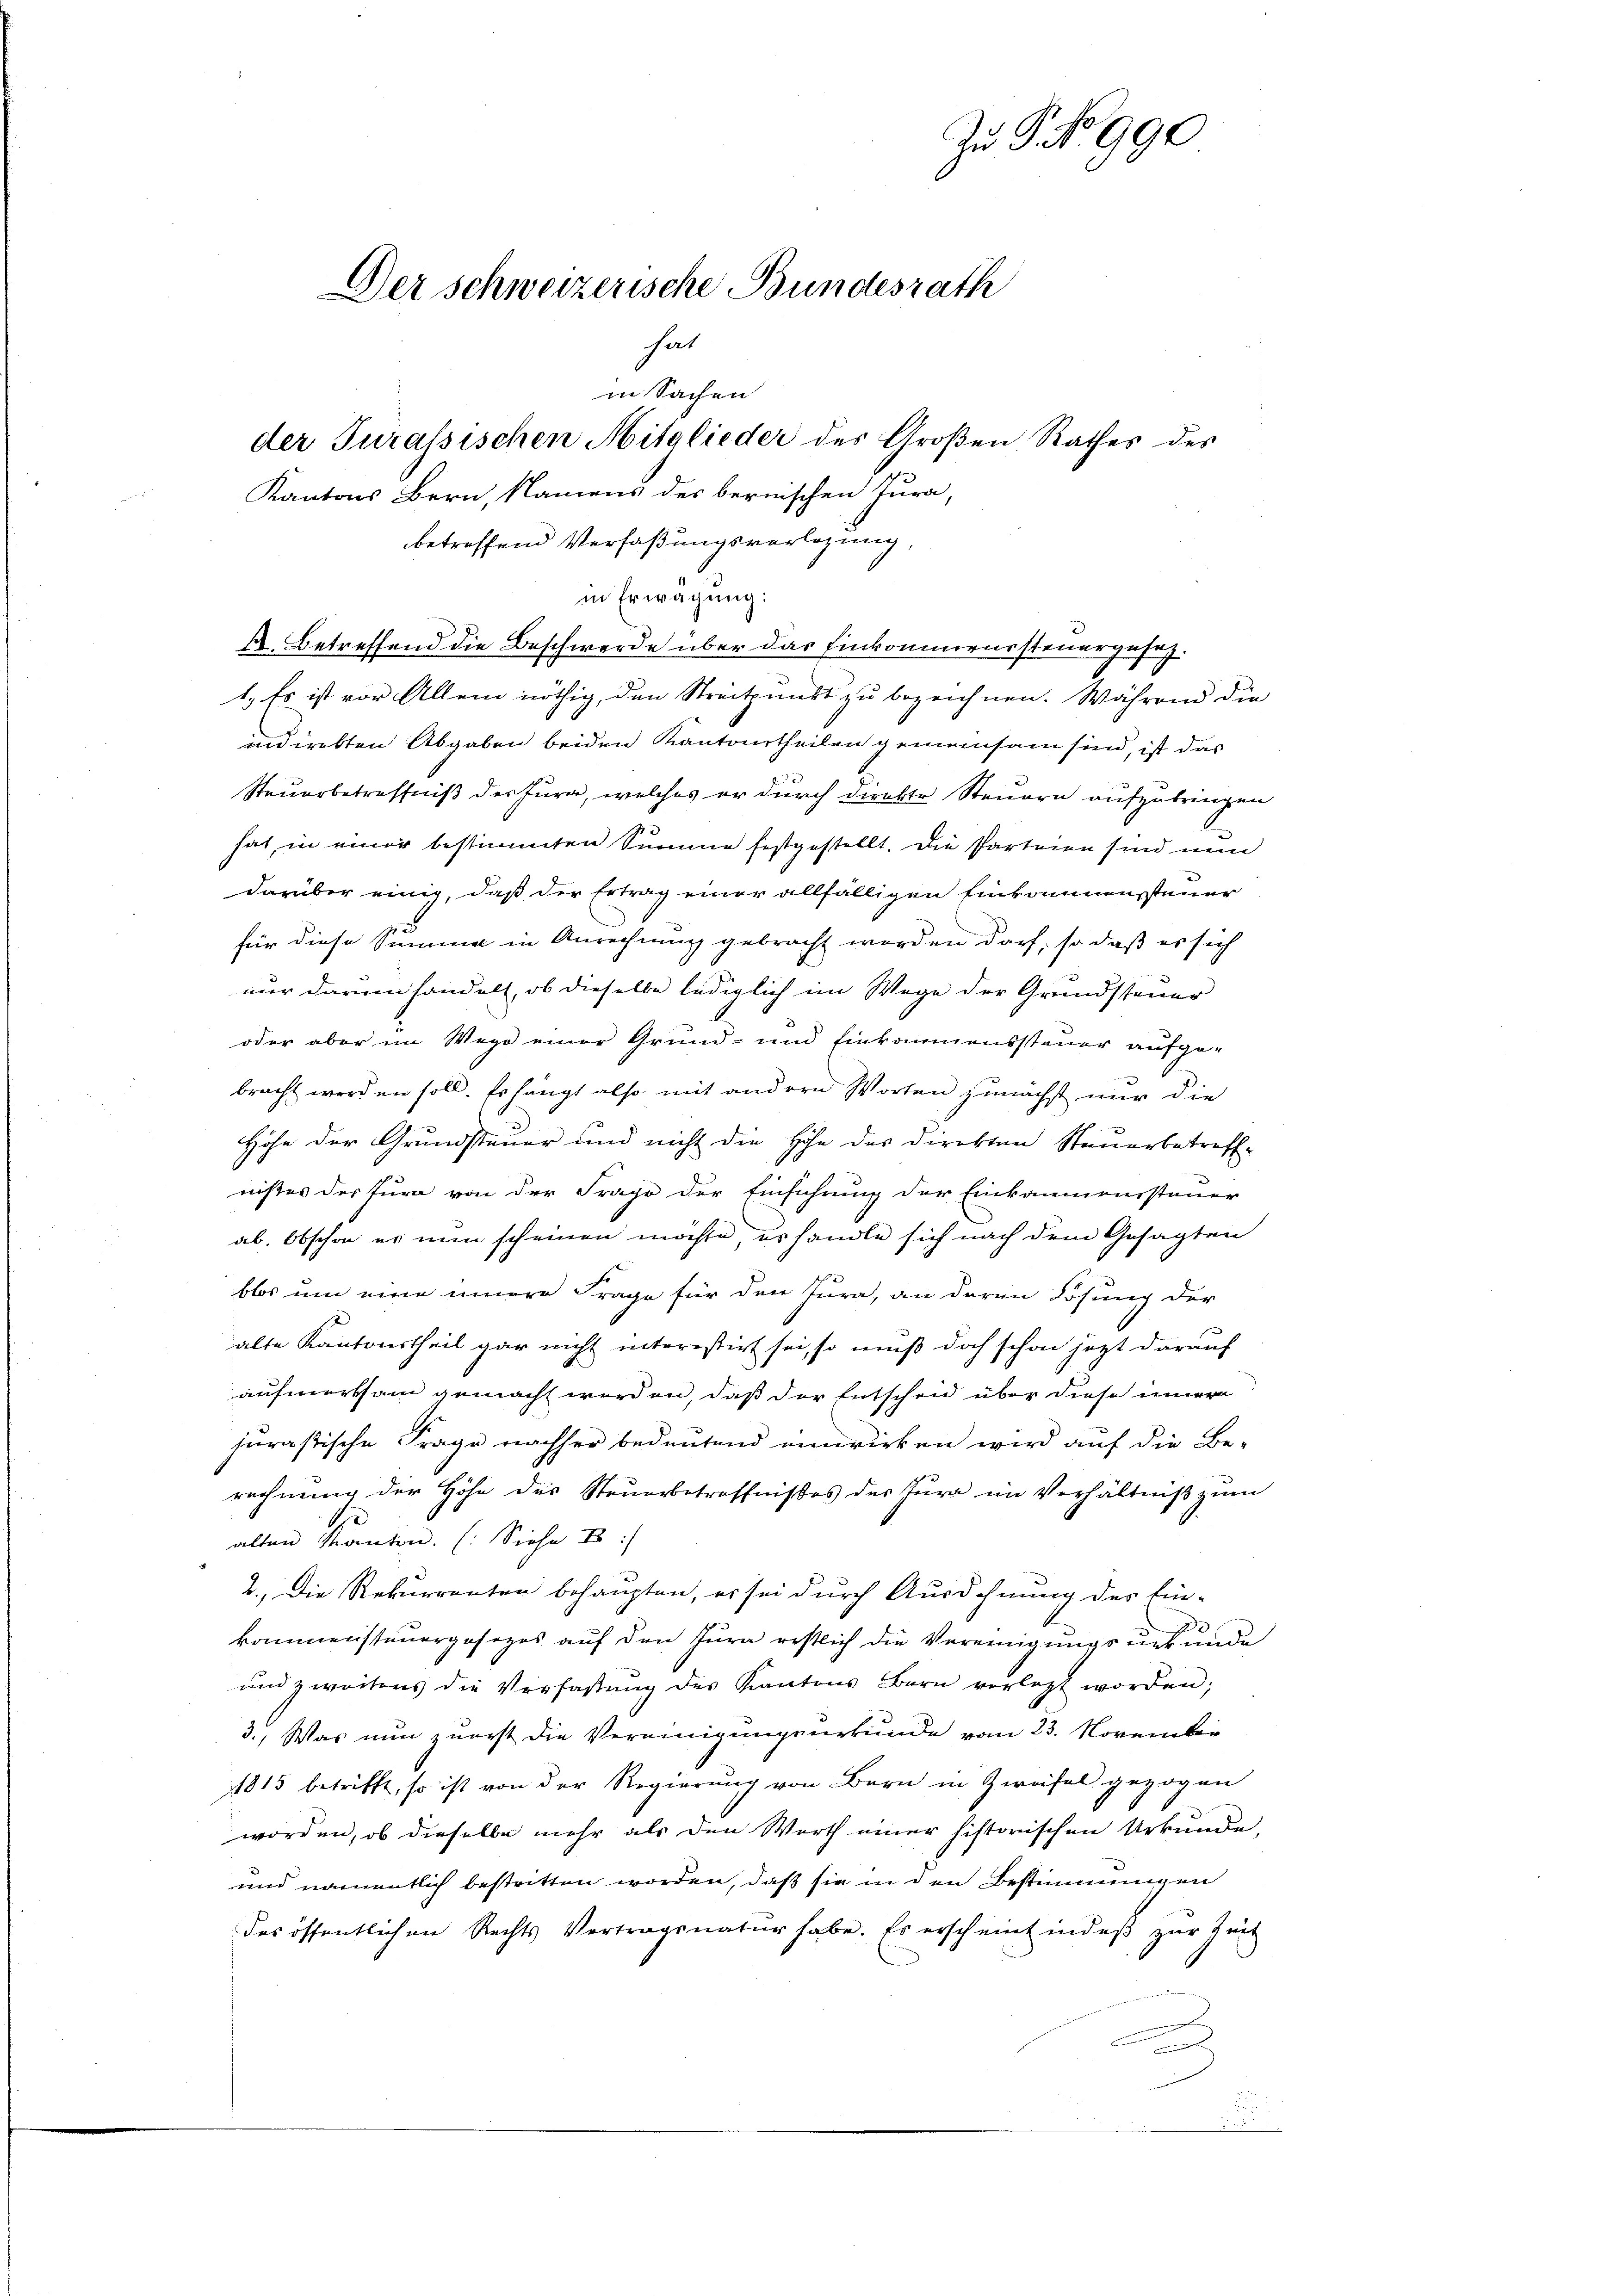
Kantons Bern, Namens des bernischen Tura,
betreffend Verfaßungsverlegung,
in Erwägŭng:
X. Betreffend die Beschwerde über das Einkommenssteuergesez.
1.) Es ist vor Allem nöthig, den Streitpunkt zu bezeichnen. Während die
indirekten Abgaben beiden Kantortheilen gemeinsam sind, ist das
Steuerbetreffniß der Jura, welches er durch direkte Steuern aufzubringen
hat, in einer bestimmten Summe festgestellt. Die Parteien sind nun
darüber einig, daß der Ertrag einer allfälligen Einkommenssteuer
für diese Summe in Anrechnung gebracht werden darf, so daß es sich
nur darum handelt, ob dieselbe lediglich im Wege der Grundsteuer
oder aber im Wege einer Grund- und Einkommenssteuer aufge-
bracht werden soll. Es hängt also mit andern Worten zunächst nur die
Höhe der Grundsteuer und nicht die Höhe des Direkten Steuerbetreff-
nißes der Jura von der Frage der Einführung der Einkammenssteuer
ab. Obschon es nun scheinen möchte, es handle sich nach dem Gesagten
blos um eine innere Frage für den Jura, an deren Lösung der
alte Kantonstheil gar nicht interestirt sei, so muß doch schon jezt darauf
aufmerksam gemacht werden, daß der Entscheid über diese innern
jurastische Frage nachher bedeutend einwirken wird auf die Be-
rechnung der Höhe des Steuerbetreffnißes der Jura im Verhältniß zum
alten Kanton. (Siehe E
2. Die Rekurrenten behaupten, es sei durch Ausdehnung des Ein-
kommensteuergosezes auf den Jura restlich die Vereinigungsurkunde
und zweitens die Verfassung des Kantons Bern verletzt worden;
3., Was nun zuerst die Vereinigungsurkunde vom 23. November
1815 betrifft, so ist von der Regierŭng von Bern in Zweifel gezogen
worden, ob dieselbe mehr als den Werth einer historischen Urkunde,
und namentlich bestritten worden, daß sie in den Bestimmungen
des öffentlichen Rechts Vortragsnatur habe. Es erscheint indeβ zŭr Zeit

Zu G No 990
Der schweizerische Bundesrath

hat
in Sachen

der Turassischen Mitglieder des Großen Rathes des